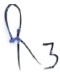
Text: R3